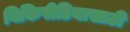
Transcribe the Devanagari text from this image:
विकिपीडियासाठी